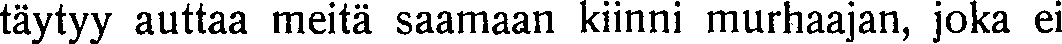
täytyy auttaa meitä saamaan kiinni murhaajan, joka ei